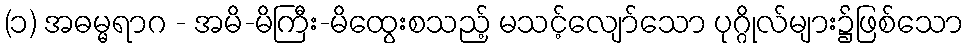
(၁) အဓမ္မရာဂ - အမိ-မိကြီး-မိထွေးစသည့် မသင့်လျော်သော ပုဂ္ဂိုလ်များ၌ဖြစ်သော